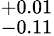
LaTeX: ^{+0.01}_{-0.11}